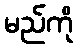
မည်ကို